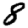
Digit: 8